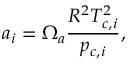
a _ { i } = \Omega _ { a } \frac { R ^ { 2 } T _ { c , i } ^ { 2 } } { p _ { c , i } } ,